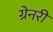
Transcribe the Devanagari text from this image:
ग्रेनरी